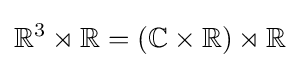
\mathbb {R} ^{3}\rtimes \mathbb {R} =(\mathbb {C} \times \mathbb {R} )\rtimes \mathbb {R}